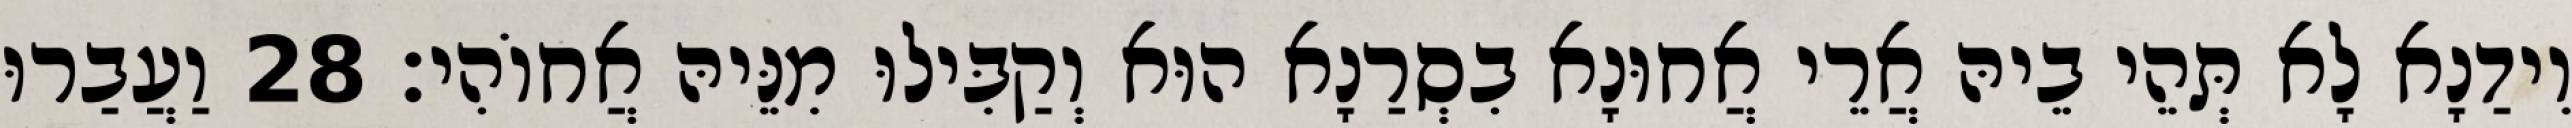
וִידַנָא לָא תְּהֵי בֵיהּ אֲרֵי אֲחוּנָא בִסְרַנָא הוּא וְקַבִּילוּ מִנֵּיהּ אֲחוֹהִי׃ 28 וַעֲבַרוּ